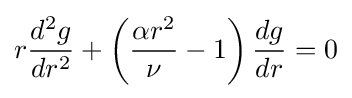
r{\frac {d^{2}g}{dr^{2}}}+\left({\frac {\alpha r^{2}}{\nu }}-1\right){\frac {dg}{dr}}=0